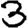
Digit: 3